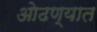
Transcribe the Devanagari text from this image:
ओढण्यात